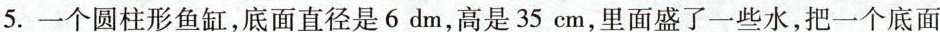
5.一个圆柱形鱼缸，底面直径是6dm，高是35cm，里面盛了一些水，把一个底面